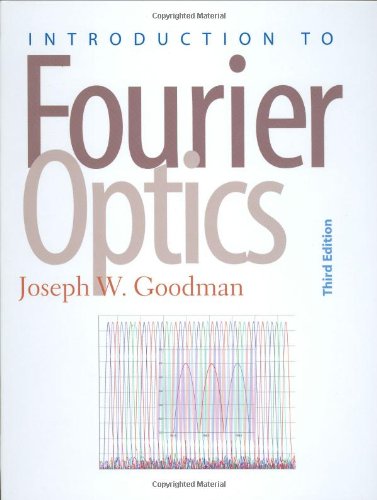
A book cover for Introduction to Fourier Optics; Joseph Goodman; Science & Math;